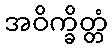
အဝိက္ခိတ္တံ